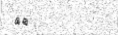
٢٢